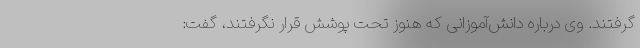
گرفتند. وی درباره دانش‌آموزانی که هنوز تحت پوشش قرار نگرفتند، گفت: